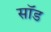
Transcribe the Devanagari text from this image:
सॉड